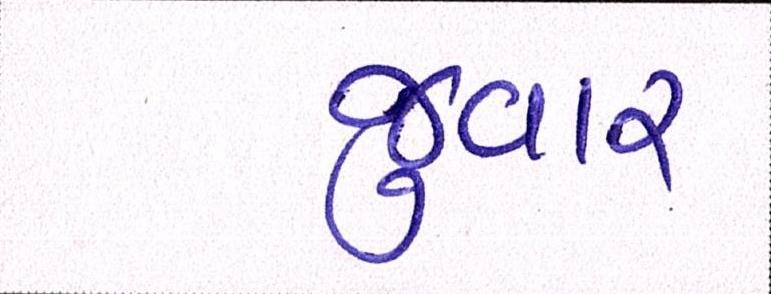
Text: જુવાર